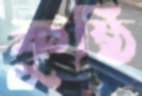
কুষ্ঠি